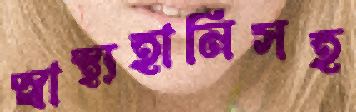
স্বাস্থ্যহানিসহ